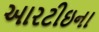
આરટીઇના